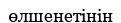
өлшенетінін